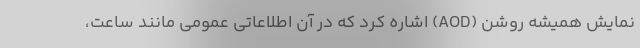
نمایش همیشه روشن (AOD) اشاره کرد که در آن اطلاعاتی عمومی مانند ساعت،